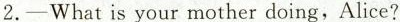
2.-What is your mother doing,Alice?